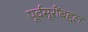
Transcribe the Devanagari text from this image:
पूर्वसूरींबद्दल